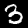
Digit: 3